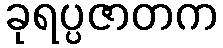
ခုရပ္ပဇာတက